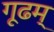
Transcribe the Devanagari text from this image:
गूढम्